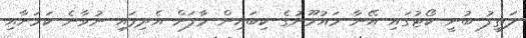
ލަތީފު ބުނީ ކޯޓުގައި އޭނާ މައުމޫނުގެ ކިބައިން މާފަށް އެދިފައި ނުވާނެ ކަމަށާއި